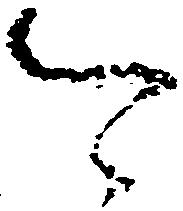
可